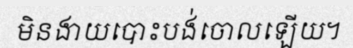
មិនងាយបោះបង់ចោលឡើយ។